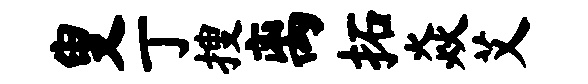
叟丁搜离拓焱艾